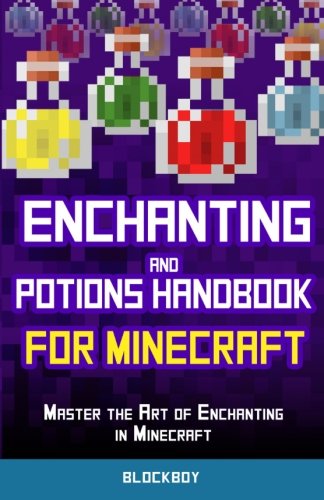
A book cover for Enchanting and Potions Handbook for Minecraft: Master the Art of Enchanting in Minecraft: Unofficial Minecraft Guide; BlockBoy; Humor & Entertainment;